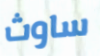
ساوث